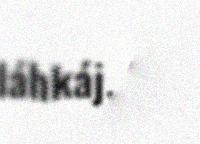
láhkáj. Mån